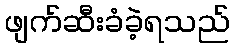
ဖျက်ဆီးခံခဲ့ရသည်